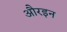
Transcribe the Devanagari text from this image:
औरइन